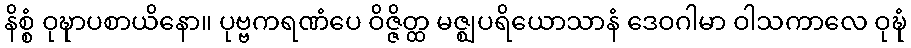
နိစ္စံ ဝုဍ္ဎာပစာယိနော။ ပုဗ္ဗကရဏံပေ ဝိဇ္ဇိတ္ထ မဇ္ဈပရိယောသာနံ ဒေဝဂါမာ ဝါသကာလေ ဝုဍ္ဎံ